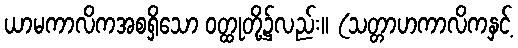
ယာမကာလိကအစရှိသော ဝတ္ထုတို့၌လည်း။ (သတ္တာဟကာလိကနှင့်